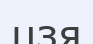
цзя